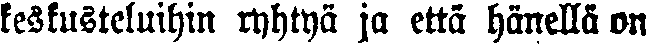
keskusteluihin ryhtyä ja että hänellä on